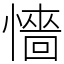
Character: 懎